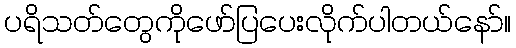
ပရိသတ်တွေကိုဖော်ပြပေးလိုက်ပါတယ်နော်။